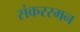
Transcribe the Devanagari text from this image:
संकररमन